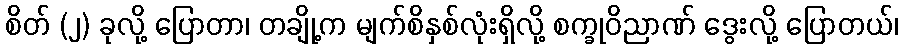
စိတ် (၂) ခုလို့ ပြောတာ၊ တချို့က မျက်စိနှစ်လုံးရှိလို့ စက္ခုဝိညာဏ် ဒွေးလို့ ပြောတယ်၊